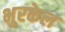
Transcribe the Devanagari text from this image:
भुरकेल